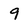
Character: 9